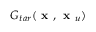
G _ { t a r } ( \textbf { x } , \textbf { x } _ { u } )